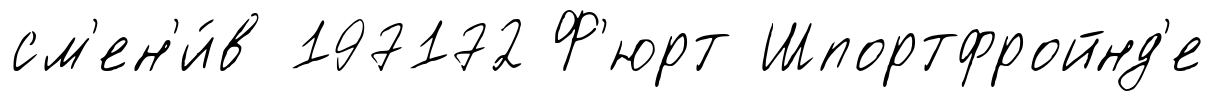
см'ен'и́в 197172 Ф'юрт Шпортфройнд'е